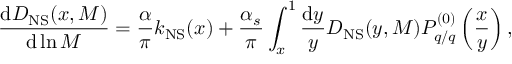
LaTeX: \frac { \mathrm { d } D _ { \mathrm { N S } } ( x , M ) } { \mathrm { d } \ln M } = \frac { \alpha } { \pi } k _ { \mathrm { N S } } ( x ) + \frac { \alpha _ { s } } { \pi } \int _ { x } ^ { 1 } \frac { \mathrm { d } y } { y } D _ { \mathrm { N S } } ( y , M ) P _ { q / q } ^ { ( 0 ) } \left( \frac { x } { y } \right) ,